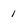
Character: 1